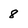
Character: 8